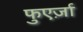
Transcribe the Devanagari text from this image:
फुएर्ज़ा